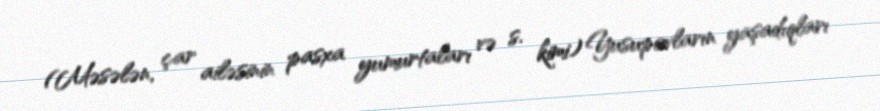
(Məsələn, çar ailəsinin pasxa yumurtaları və s. kimi) Yusupovların yaşadıqları